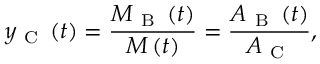
y _ { \mathrm { ~ C ~ } } \left( t \right) = \frac { M _ { \mathrm { ~ B ~ } } \left( t \right) } { M \left( t \right) } = \frac { A _ { \mathrm { ~ B ~ } } \left( t \right) } { A _ { \mathrm { ~ C ~ } } } ,